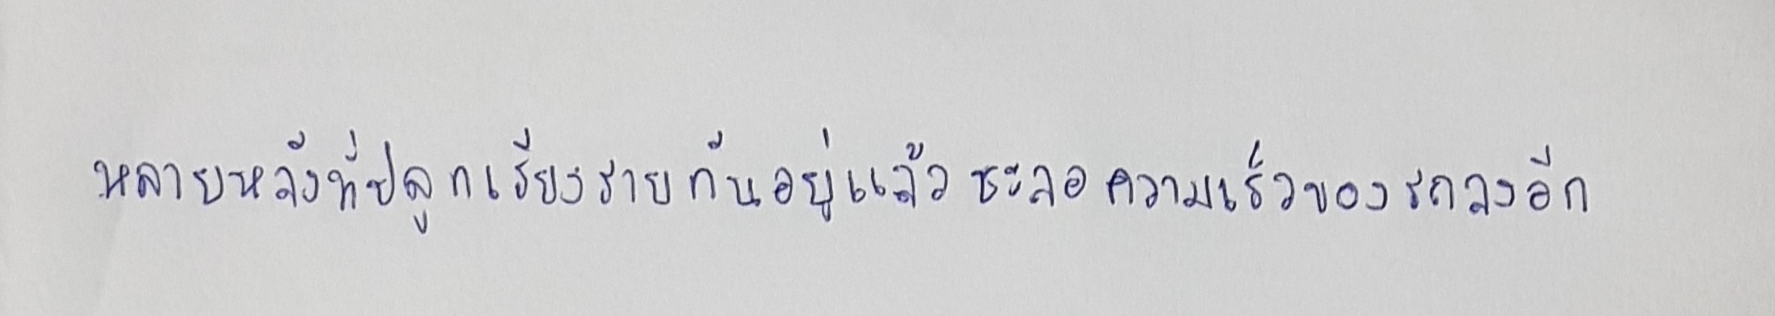
หลายหลังที่ปลูกเรียงรายกันอยู่แล้วชะลอความเร็วของรถลงอีก